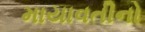
માયાવતીનો